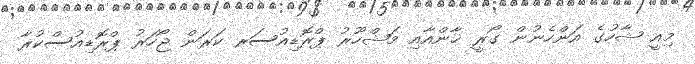
މިއީ ޝާހުގެ އަންހެނުން ގޯރީ ޚާންއާއި މަޝްހޫރު ޕްރޮޑިއުސަރ ކަރަން ޖޯހަރު ޕްރޮޑިއުސްކުރާ